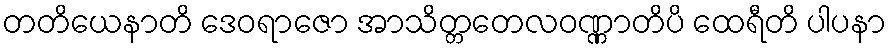
တတိယေနာတိ ဒေဝရာဇော အာသိတ္တတေလဝဏ္ဏာတိပိ ထေရီတိ ပါပနာ